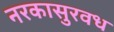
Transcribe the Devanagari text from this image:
नरकासुरवध